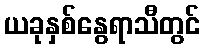
ယခုနှစ်နွေရာသီတွင်